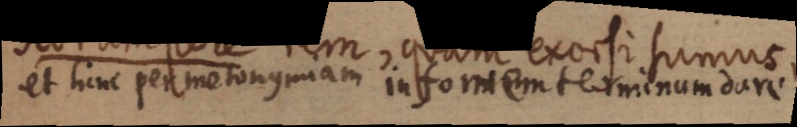
at lum ploommm insomentetritiond